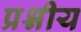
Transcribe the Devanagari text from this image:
प्रश्नीय